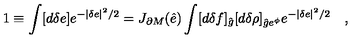
1 \equiv \int [ d \delta e ] e ^ { - | \delta e | ^ { 2 } / 2 } = J _ { \partial M } ( \hat { e } ) \int [ d \delta f ] _ { \hat { g } } [ d \delta \rho ] _ { { \hat { g } } e ^ { \phi } } e ^ { - | \delta e | ^ { 2 } / 2 } \quad ,